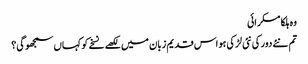
وہ ہلکا مسکرائی
تم نئے دور کی نئی لڑکی ہو اس قدیم زبان میں لکھے نسخے کو کہاں سمجھو گی؟